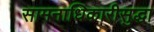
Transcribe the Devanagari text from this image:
सामनाधिकारीसुद्धा